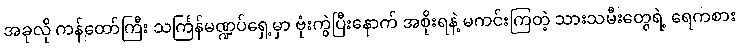
အခုလို ကန်တော်ကြီး သင်္ကြန်မဏ္ဍပ်ရှေ့မှာ ဗုံးကွဲပြီးနောက် အစိုးရနဲ့ မကင်းကြတဲ့ သားသမီးတွေရဲ့ ရေကစား